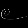
Digit: ၉